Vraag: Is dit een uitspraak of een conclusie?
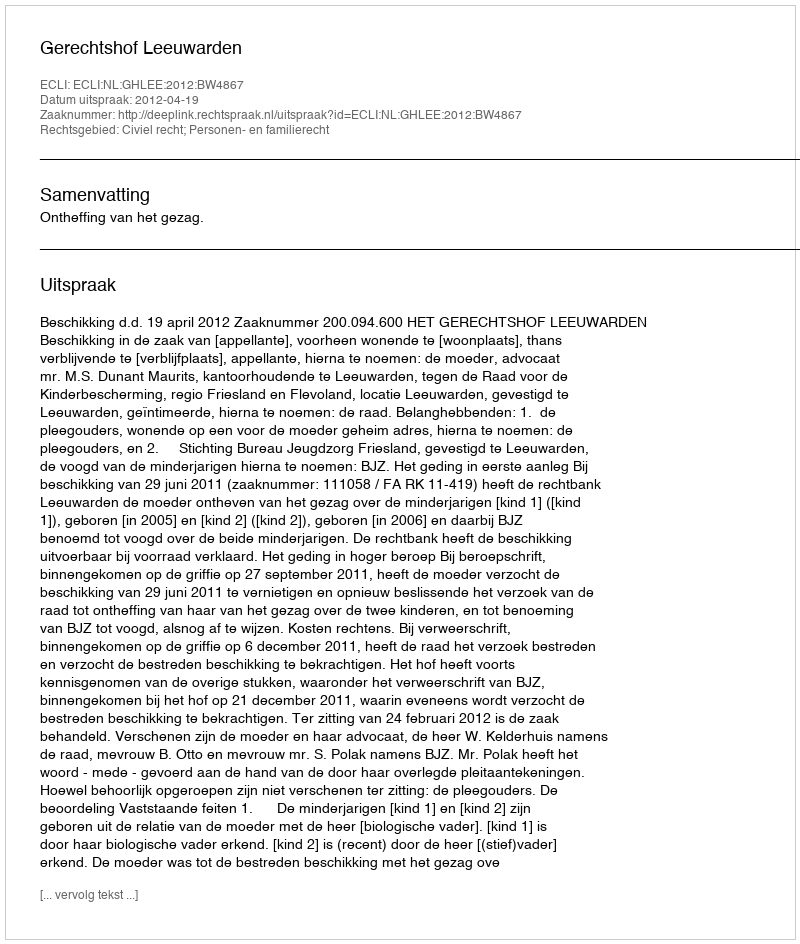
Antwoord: Uitspraak